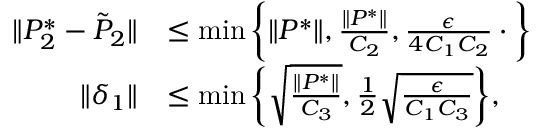
\begin{array} { r l } { \| P _ { 2 } ^ { * } - \tilde { P } _ { 2 } \| } & { \leq \operatorname* { m i n } \bigg \{ \| P ^ { * } \| , \frac { \| P ^ { * } \| } { C _ { 2 } } , \frac { \epsilon } { 4 C _ { 1 } C _ { 2 } } \cdot \bigg \} } \\ { \| \delta _ { 1 } \| } & { \leq \operatorname* { m i n } \bigg \{ \sqrt { \frac { \| P ^ { * } \| } { C _ { 3 } } } , \frac { 1 } { 2 } \sqrt { \frac { \epsilon } { C _ { 1 } C _ { 3 } } } \bigg \} , } \end{array}